Tezpur Lunatic Asylum reports 1895-1904 - 1895-1904
Year: 1895
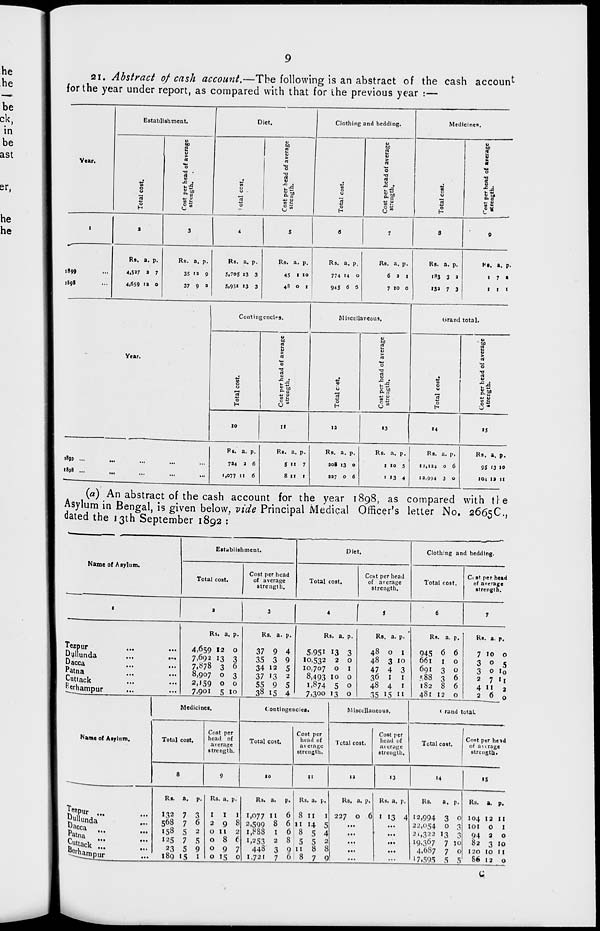
2i. Abstract of cash account.—The following is an abstract of the cash account
for the year under report, as compared with that for the previous year :—
Establishment.
Diet.
Clothing and bedding.
Medicine*.
Year.
0
s
rt
0
H
i >
0
•0 -
rt
-C .
Jf
M
U
0
u
M
rt
"3
•a
rt V
0
u
to
8
£ 0
-a
rt
rt
<3»
■
8
rt
0
H
f
If *!
i
a
3
4
5
8
7
8
0
1899
1S9S
Rs. a. p.
4.5J7 2 7
4,659 '» 0
Rs. a, p.
35 n 9
37 9 »
Rs. a. p.
5.705 13 3
5,951 13 3
Rs. a. p.
45 I 10
48 0 1
Rs. a. p.
774 14 0
945 6 5
Rs. a. p.
6 a 1
7 10 0
Rs. a, p.
183 3 a
13a 7 3
Ht. a. p.
1 7 •
1 1 1
Contingencies.
Miscellaneous.
Grand total.
Year.
e
0
0
3
0
H
Cost per head of average
strength.
.—
g
0
0
H
0
y
rt
0
t>
rt
i-s
P
c
u
0
H
0
r rt
0
•a
rt
V
w
g is
JO
II
1a
13
14
15
,8 »
«w
Ft. a. p.
724 a 6
1,077 i' 6
Rs. a. p.
S 11 7
8 11 1
Rs. a. p.
208 13 0
327 0 6
Rs. a. p.
1 10 5
' »3 4
Rs. a. p.
12,134 0 6
12,994 3 O
Rs. a, p.
95 '3 10
104 1a 11
(a) An abstract of the cash account for the year 1898, as compared with tie
Asylum in Bengal, is given below, vide Principal Medical Officer's letter No. 2665C,
dated the 13th September 1892 ;
Establishment.
Diet
Clothing and bedding.
Name of Asylum.
Total cost.
Cost per head
of average
strength.
Total cost.
Cost per head
of average
strength.
Total cost.
C< st per head
of average
strength.
1
a
3
4
i
6
7
Tezpur
Dullunda
Dacca
Pa tna
Cuttack
^erhampur
...
Rs. a, p.
4,659 12 O
7.692 13 3
7,078 3 6
8,907 O 3
2,159 0 0
7.90I 5 10
Rs. a.
37 9
35 3
34 12
37 13
55 9
38 15
p.
4
9
5
2
5
4
Rs. a
5.951 13
10,532 2
10,707 0
8,493 10
1,874 5
7.300 13
P-
3
0
I
0
0
0
Rs. a. p.
48 0 I
48 3 10
47 4 3
36 1
1
48 4 1
35 15 n
Rs. a. p.
945 6 6
661 10
691 3 0
= 88 1 6
1S2 8 6
481 12 0
Rs. a. p.
7 10 0
3 ° S
3 0 i 0
2 7 ii
4 11
2
2 6 0
1 Medicines.
Continger ciea.
Mi scellaneous.
< rand t otal.
Name of Atylum.
Total cost.
Cost per
head of
average
strength.
Total cost.
Cost per
head of
average
strength.
Total c ost.
Cost per
head of
average
strength.
Total cost.
Cost per he»d
of awrage
strength.
8
9
10
11
12
13
14
IS
Jftpur ...
£ cca
Cuttack
SSiampur
Rf.
132
568
158
125
23
189
a. p.
7 3
7 6
5 2
7 5
5 9
"5 1
Rs. a. p.
I
I
1
298
O II 2
O 8 t
097
0 15 c
Rs. a.
1,077 11
2,599 8
i,883 1
1,253 2
443 3
1,721 7
P>
6
6
6
8
9
6
Rs. a. p.
8 II
I
II 14 5
8 5 4
5 5 2
11 8 8
1 8 7 <3
Rs.
227
1
a. p.
0 6
Rs. a. p.
I 13 4
Rs.
a. p.
12,994 3 0
22,054 0 3
2',322 13 3
19.367 7 10
4.6S7 7 c
17,595 5 5
Rs. a. p.
104 12 II
101 0 1
94 3 0
82 3 10
120 10 11
86 12 0
u